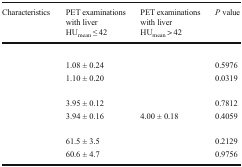
<table><thead><tr><td><b>Characteristics</b></td><td><b>PET examinations with liver HU<sub>mean</sub> ≤ 42</b></td><td><b>PET examinations with liver HU<sub>mean</sub> &gt; 42</b></td><td><b><i>P</i> value</b></td></tr></thead><tbody><tr><td colspan="4">[EMPTY_CELL]</td></tr><tr><td>[EMPTY_CELL]</td><td>1.08 ± 0.24</td><td>[EMPTY_CELL]</td><td>0.5976</td></tr><tr><td>[EMPTY_CELL]</td><td>1.10 ± 0.20</td><td>[EMPTY_CELL]</td><td>0.0319</td></tr><tr><td colspan="4">[EMPTY_CELL]</td></tr><tr><td>[EMPTY_CELL]</td><td>3.95 ± 0.12</td><td>[EMPTY_CELL]</td><td>0.7812</td></tr><tr><td>[EMPTY_CELL]</td><td>3.94 ± 0.16</td><td>4.00 ± 0.18</td><td>0.4059</td></tr><tr><td colspan="4">[EMPTY_CELL]</td></tr><tr><td>[EMPTY_CELL]</td><td>61.5 ± 3.5</td><td>[EMPTY_CELL]</td><td>0.2129</td></tr><tr><td>[EMPTY_CELL]</td><td>60.6 ± 4.7</td><td>[EMPTY_CELL]</td><td>0.9756</td></tr></tbody></table>